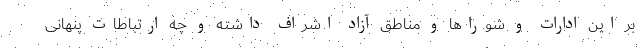
بر این ادارات و شوراها و مناطق آزاد اشراف داشته و چه ارتباطات پنهانی